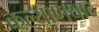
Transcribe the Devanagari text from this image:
कल्याणथाट